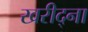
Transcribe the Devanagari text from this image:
खरीद्ना